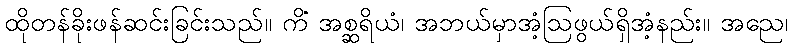
ထိုတန်ခိုးဖန်ဆင်းခြင်းသည်။ ကိံ အစ္ဆရိယံ၊ အဘယ်မှာအံ့ဩဖွယ်ရှိအံ့နည်း။ အညေ၊